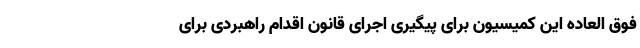
فوق العاده این کمیسیون برای پیگیری اجرای قانون اقدام راهبردی برای